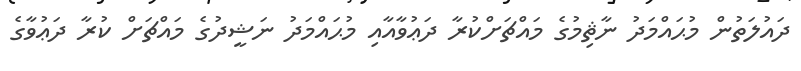
ދައުލަތުން މުޙައްމަދު ނާޘިމުގެ މައްޗަށްކުރާ ދަޢުވާއާއި މުޙައްމަދު ނަޝީދުގެ މައްޗަށް ކުރާ ދަޢުވާގެ